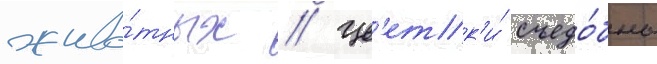
живо́тных // Цв'етк'и́ съедо́бны